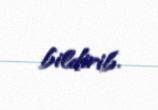
bildirib.